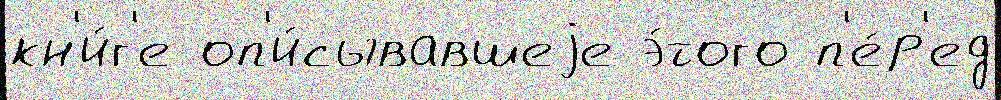
кн'и́г'е оп'и́сывавшеjе э́того п'е́р'ед